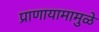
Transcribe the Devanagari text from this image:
प्राणायामामुळे